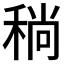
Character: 𬓮